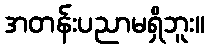
အတန်းပညာမရှိဘူး။